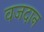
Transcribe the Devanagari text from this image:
वजदान